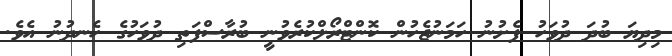
މިދިޔަ ބުދަ ދުވަހު ފެށުނު ހަމަނުޖެހުން ކޮންޓްރޯލްކުރެވުނީ ބުރާސްފަތި ދުވަހުގެ ހެނދުނު އެވެ.